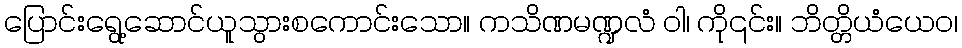
ပြောင်းရွေ့ဆောင်ယူသွားစကောင်းသော။ ကသိဏမဏ္ဍလံ ဝါ၊ ကို၎င်း။ ဘိတ္တိယံယေဝ၊